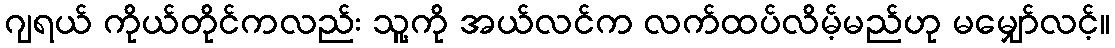
ဂျရယ် ကိုယ်တိုင်ကလည်း သူ့ကို အယ်လင်က လက်ထပ်လိမ့်မည်ဟု မမျှော်လင့်။